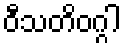
ဝီသတိဝဂ္ဂါ